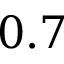
0 . 7